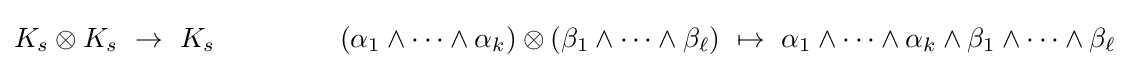
K_{s}\otimes K_{s}\ \to \ K_{s}\ \ \ \,\ \ \ \,\ \ \ \,\ \ \ (\alpha _{1}\wedge \cdots \wedge \alpha _{k})\otimes (\beta _{1}\wedge \cdots \wedge \beta _{\ell })\ \mapsto \ \alpha _{1}\wedge \cdots \wedge \alpha _{k}\wedge \beta _{1}\wedge \cdots \wedge \beta _{\ell }